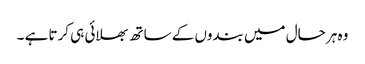
وہ ہر حال میں بندوں کے ساتھ بھلائی ہی کرتا ہے ۔